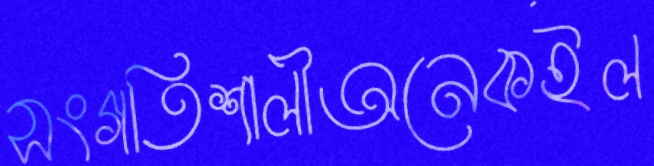
সংগতিশালীঅনেকইল